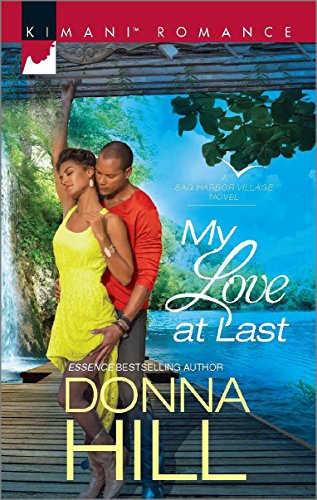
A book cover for My Love at Last (Sag Harbor Village); Donna Hill; Romance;